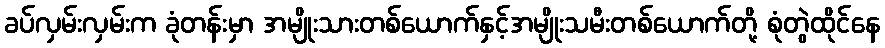
ခပ်လှမ်းလှမ်းက ခုံတန်းမှာ အမျိုးသားတစ်ယောက်နှင့်အမျိုးသမီးတစ်ယောက်တို့ စုံတွဲထိုင်နေ